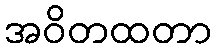
အဝိတထတာ